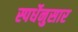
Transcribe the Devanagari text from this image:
स्पर्धेनुसार